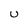
Character: u